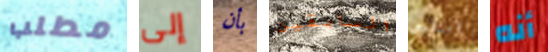
مطلب إلى بأن السابقين أستطيع أنه